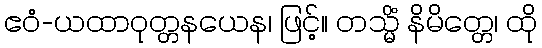
ဧဝံ-ယထာဝုတ္တနယေန၊ ဖြင့်။ တသ္မိံ နိမိတ္တေ၊ ထို